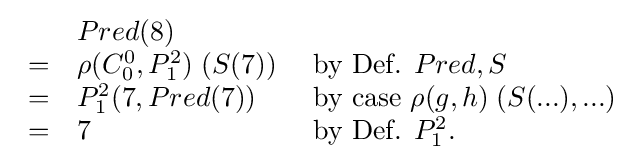
{\begin{array}{lll}&Pred(8)\\=&\rho (C_{0}^{0},P_{1}^{2})\;(S(7))&{\text{ by Def. }}Pred,S\\=&P_{1}^{2}(7,Pred(7))&{\text{ by case }}\rho (g,h)\;(S(...),...)\\=&7&{\text{ by Def. }}P_{1}^{2}.\\\end{array}}